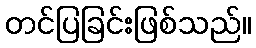
တင်ပြခြင်းဖြစ်သည်။